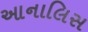
આનાલિસ